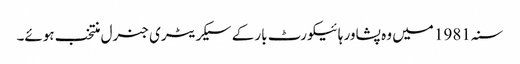
سنہ 1981 میں وہ پشاور ہائیکورٹ بار کے سیکریٹری جنرل منتخب ہوئے۔